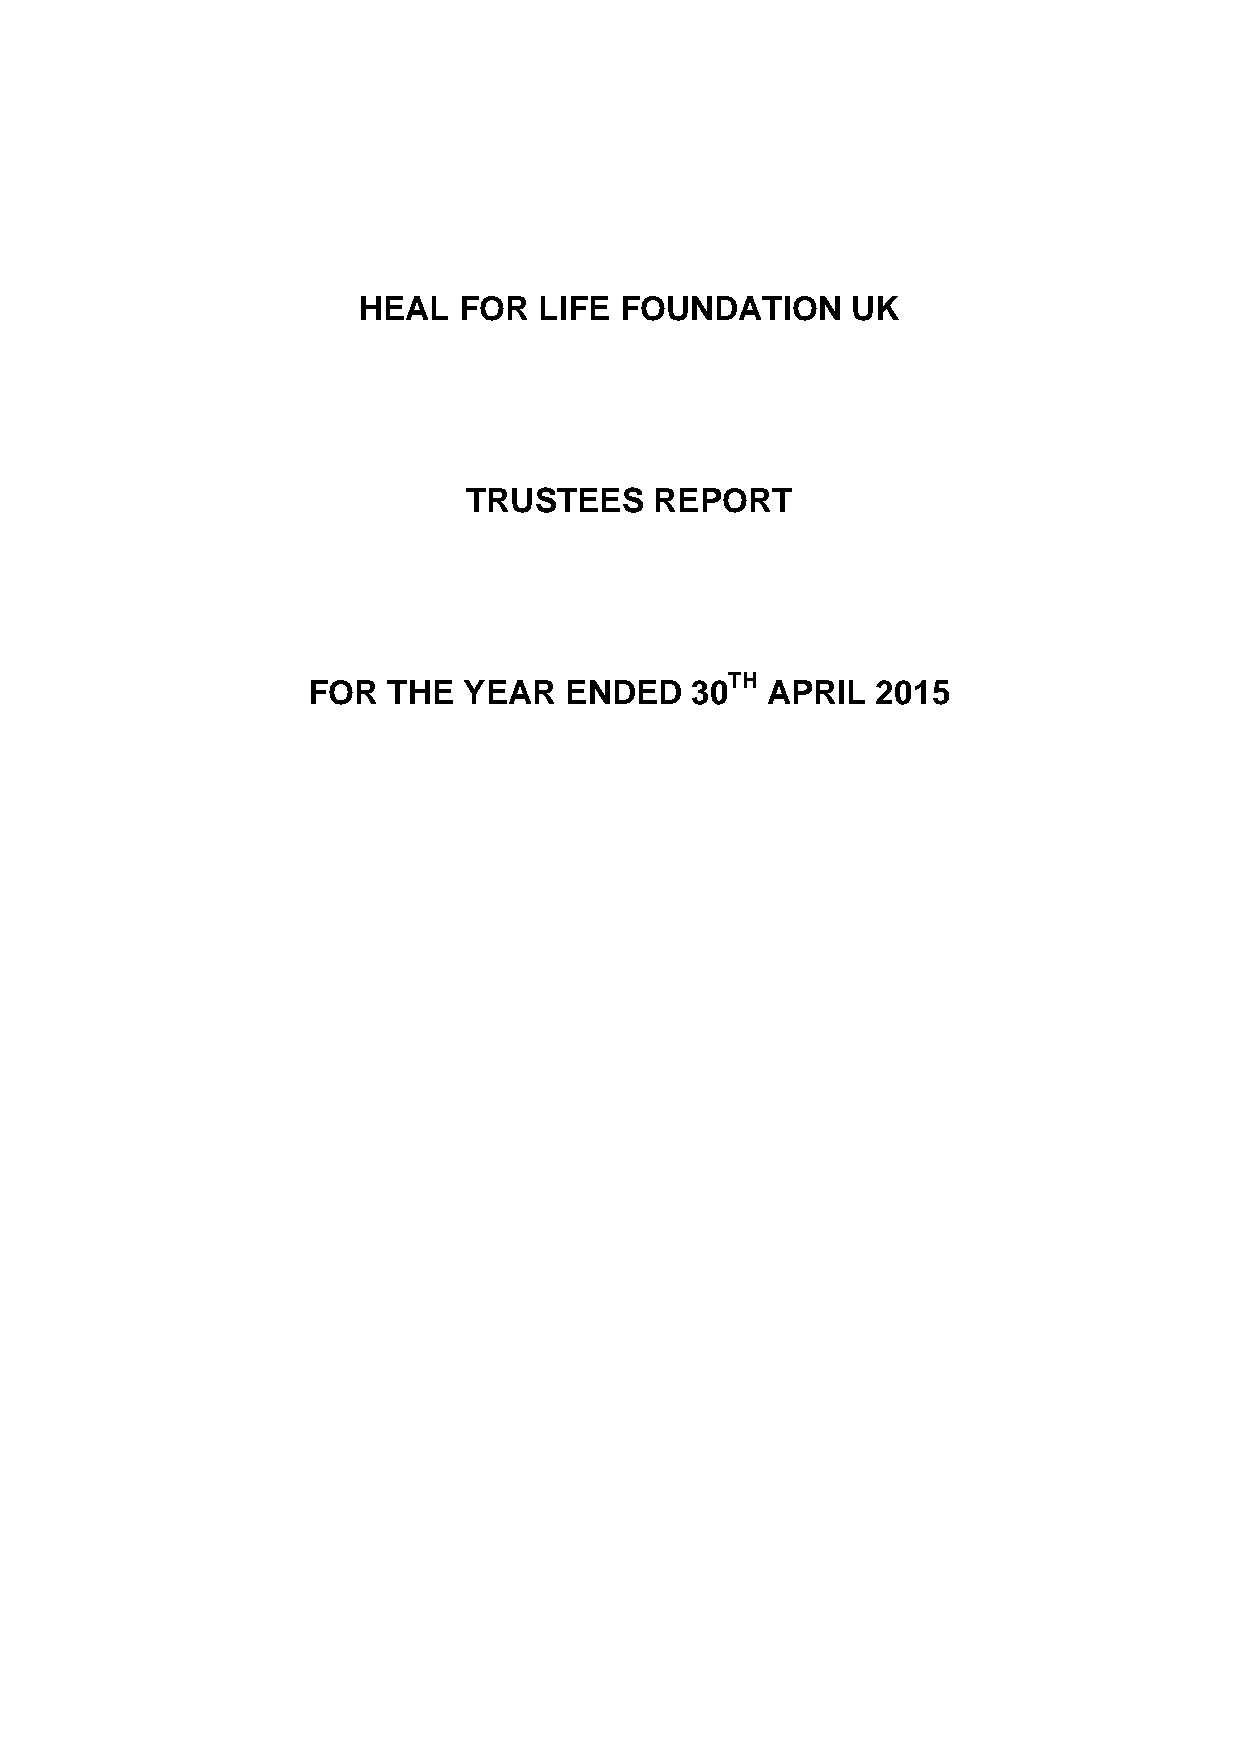
HEAL  FOR   LIFE FOUNDATION     UK
 TRUSTEES    REPORT
 TH
 FOR   THE  YEAR  ENDED    30   APRIL  2015